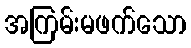
အကြမ်းမဖက်သော